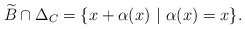
\begin{align*}\widetilde{B}\cap \Delta_C=\{x+\alpha(x)\ |\ \alpha(x)=x\}.\end{align*}